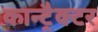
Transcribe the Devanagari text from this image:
कान्ट्रैक्टर